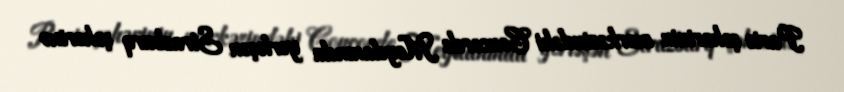
Paris şəhərinin mərkəzindəki Concorde Meydanında yerləşən Strazburq şəhərinə